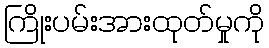
ကြိုးပမ်းအားထုတ်မှုကို